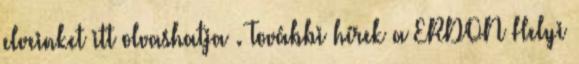
elveinket itt olvashatja . További hírek a ERDON Helyi